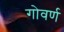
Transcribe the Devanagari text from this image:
गोवर्ण